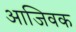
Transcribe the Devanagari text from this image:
आजिवक